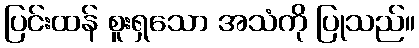
ပြင်းထန် စူးရှသော အသံကို ပြုသည်။